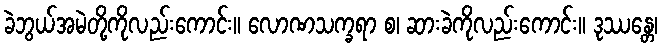
ခဲဘွယ်အမဲတို့ကိုလည်းကောင်း။ လောဏသက္ခရာ စ၊ ဆားခဲကိုလည်းကောင်း။ ဒုဿန္တေ၊